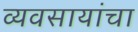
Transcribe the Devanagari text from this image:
व्यवसायांचा